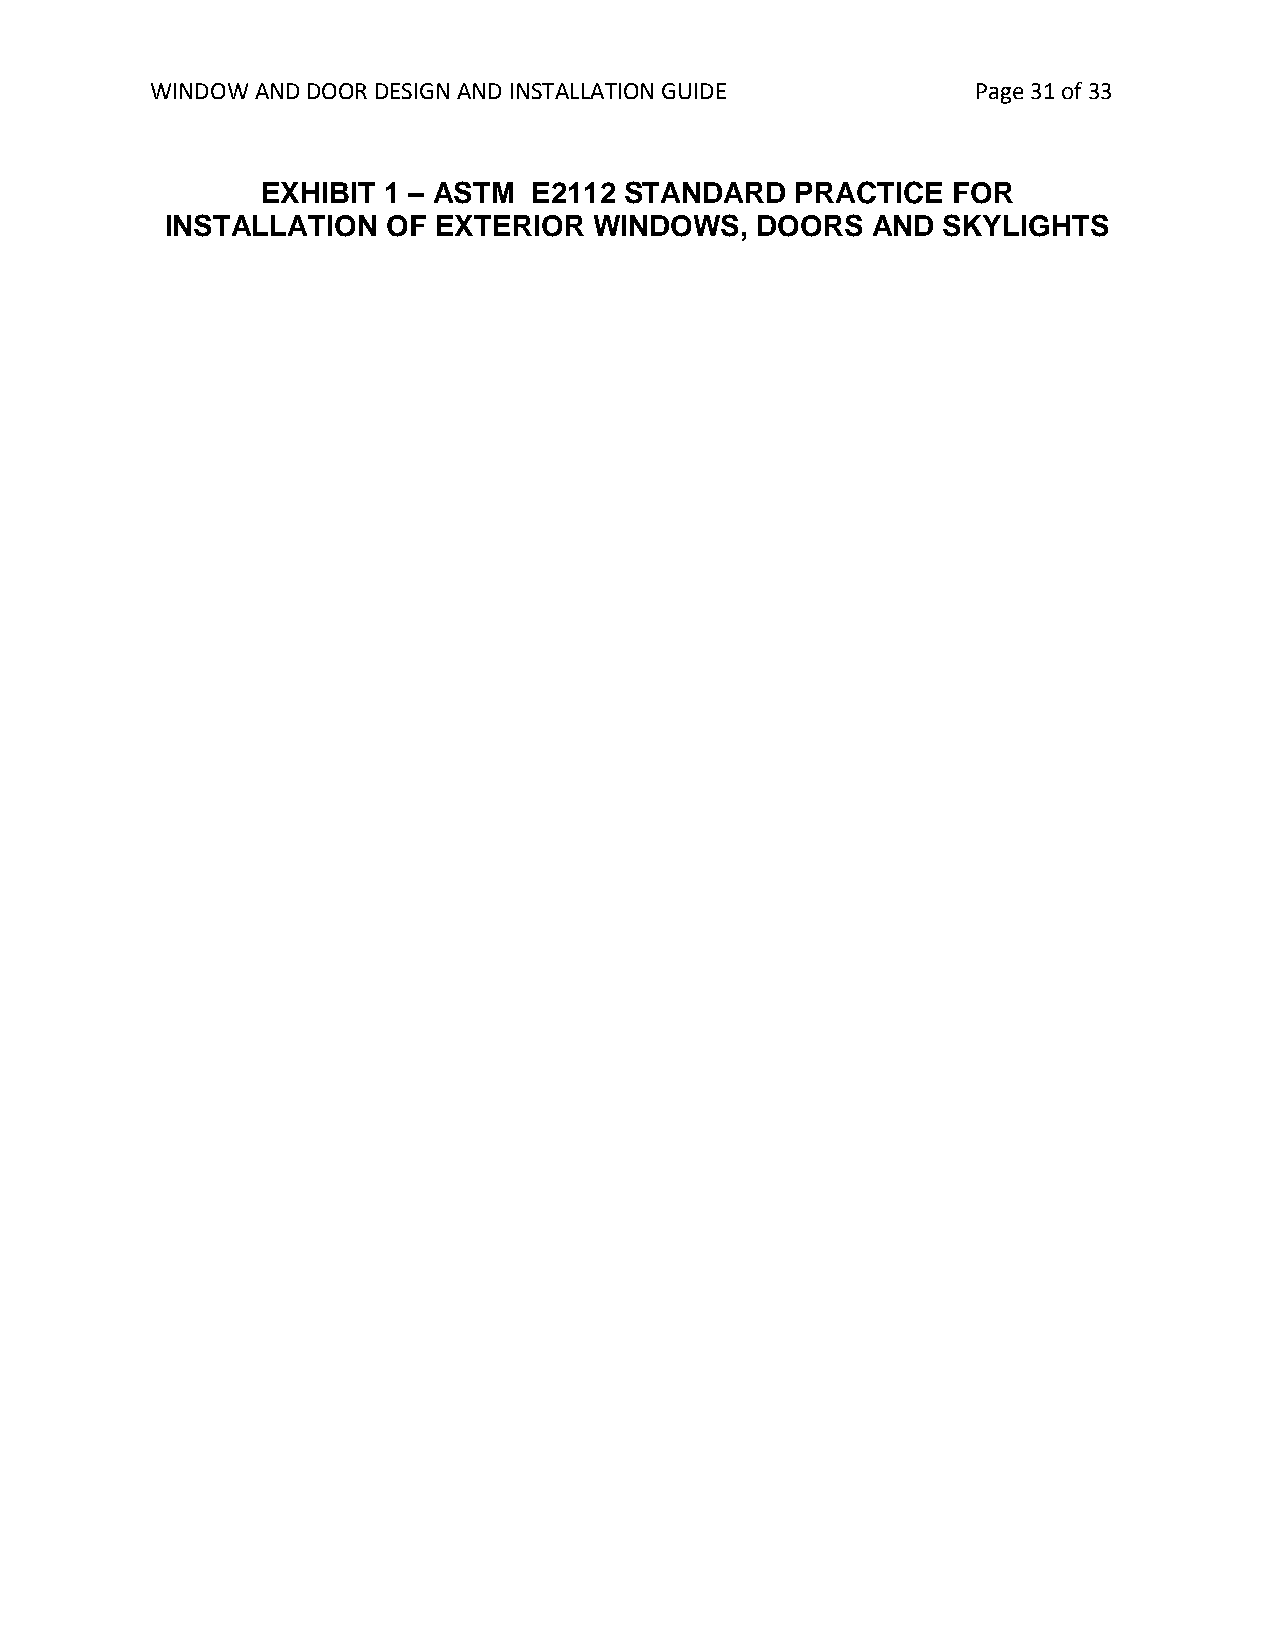
WINDOW AND DOOR DESIGN AND INSTALLATION GUIDE          Page 31 of 33
 EXHIBIT 1 – ASTM  E2112 STANDARD    PRACTICE  FOR
 INSTALLATION   OF EXTERIOR  WINDOWS,   DOORS   AND SKYLIGHTS